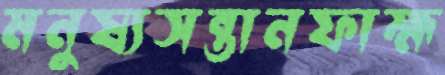
মনুষ্যসন্তানফাহ্ম